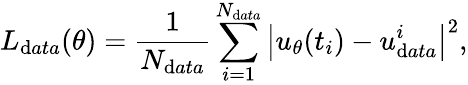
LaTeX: L_{\mathrm{d}ata}(\theta)=\frac{{1}}{{N_{\mathrm{d}ata}}}\sum_{i=1}^{N_{\mathrm{d}ata}}\left|{u_{\theta}}(t_{i})-u_{\mathrm{d}ata}^{i}\right|^{2},